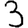
Digit: 3